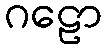
ဂဠော